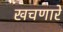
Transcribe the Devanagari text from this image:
खचणारे